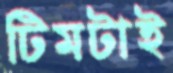
টিমটাই